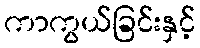
ကာကွယ်ခြင်းနှင့်